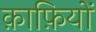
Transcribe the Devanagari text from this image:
क़ाफ़ियों